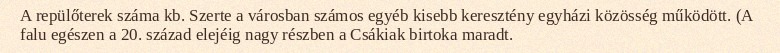
A repülőterek száma kb. Szerte a városban számos egyéb kisebb keresztény egyházi közösség működött. (A falu egészen a 20. század elejéig nagy részben a Csákiak birtoka maradt.